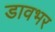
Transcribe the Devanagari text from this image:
डावभर